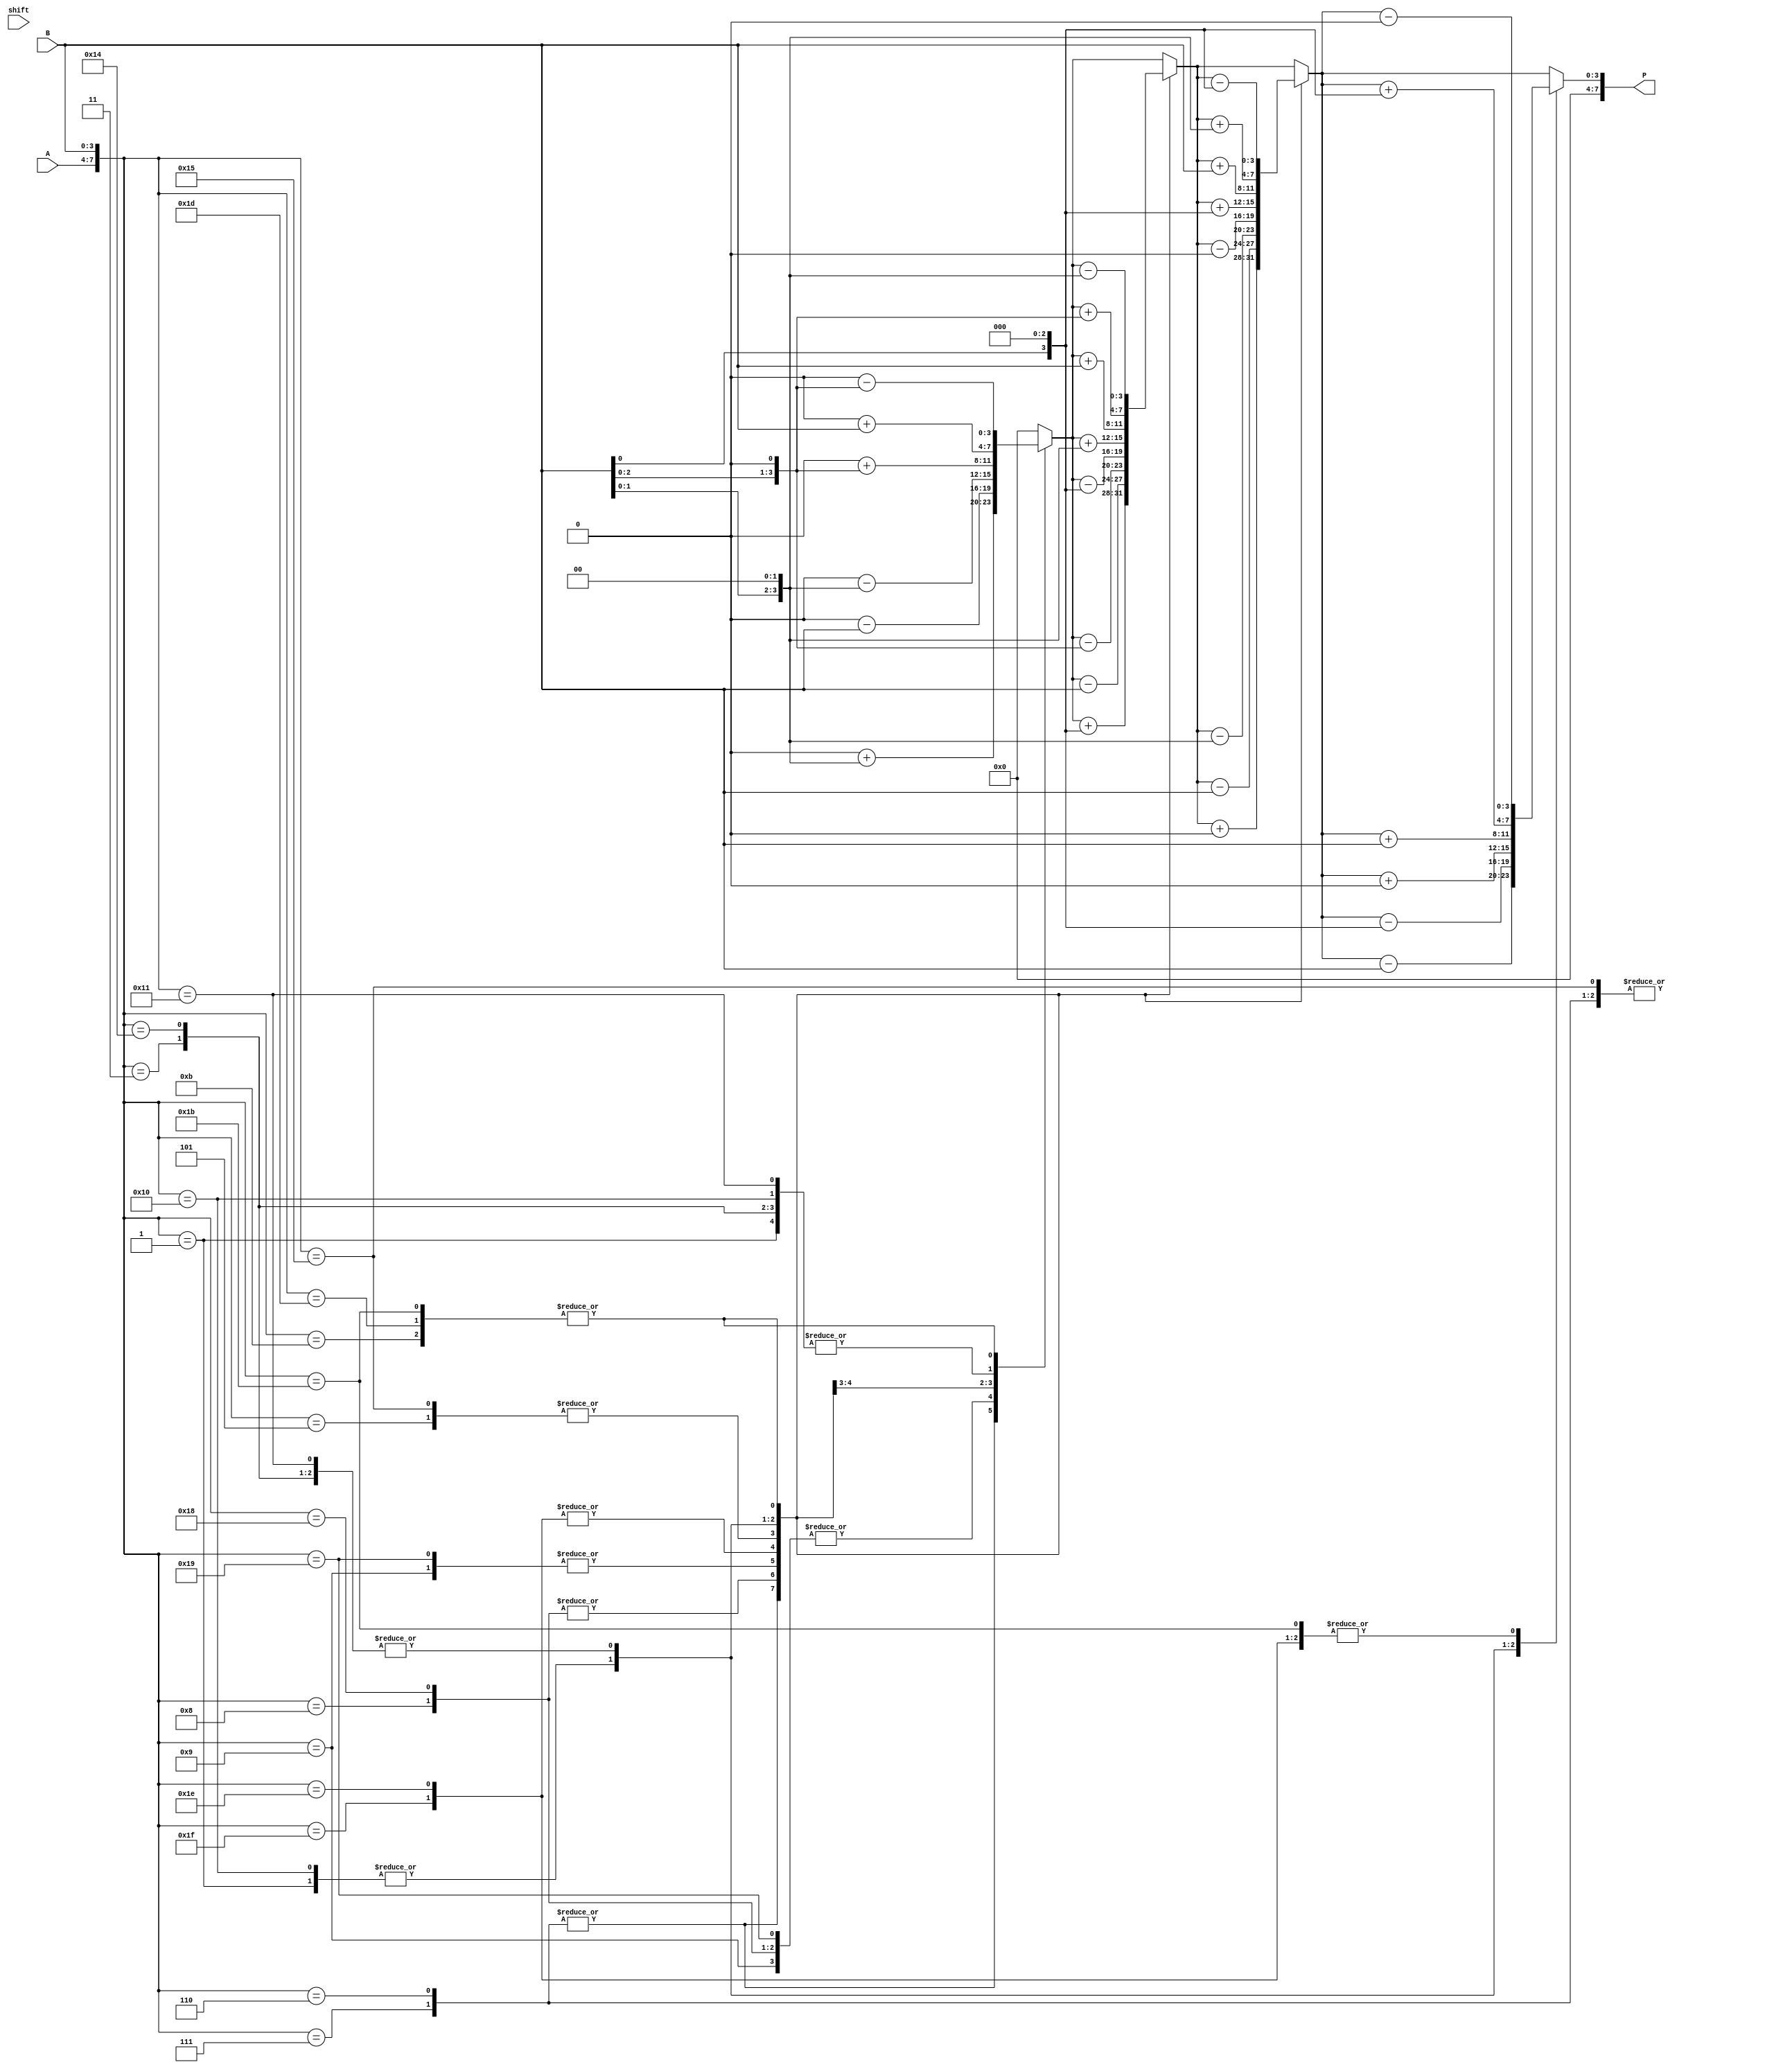
module booth_multiplier (
    input [3:0] A,
    input [3:0] B,
    input shift,
    output reg [7:0] P
);

reg [3:0] PP;
reg [3:0] encoded_B;
reg [2:0] shift_count;

always @ (A or B or shift) begin
    encoded_B[3] = B[3];
    encoded_B[2:0] = {B[3], B[3:0]};
    
    shift_count = 3'b0;
    PP = 4'b0;
    
    for (shift_count = 0; shift_count < 4; shift_count = shift_count + 1) begin
        case ({A, encoded_B})
            8'b00000: begin
                // do nothing
            end
            8'b00001: begin
                PP = PP + B;
            end
            8'b00011: begin
                PP = PP + (B << shift_count);
            end
            8'b00101: begin
                PP = PP + (B << (shift_count+1));
            end
            8'b00111: begin
                PP = PP + (B << (shift_count+2));
            end
            8'b00110: begin
                PP = PP + (B << (shift_count+2));
            end
            8'b01111: begin
                // do nothing in this case
            end
            8'b01011: begin
                PP = PP - (B << (shift_count+1));
            end
            8'b01001: begin
                PP = PP - (B << shift_count);
            end
            8'b01000: begin
                PP = PP - B;
            end
            8'b11000: begin
                PP = PP - B;
            end
            8'b11001: begin
                PP = PP - (B << shift_count);
            end
            8'b11101: begin
                PP = PP - (B << (shift_count+1));
            end
            8'b11111: begin
                PP = PP - (B << (shift_count+2));
            end
            8'b11110: begin
                PP = PP - (B << (shift_count+2));
            end
            8'b10111: begin
                // do nothing in this case
            end
            8'b10101: begin
                PP = PP + (B << (shift_count+1));
            end
            8'b10100: begin
                PP = PP + (B << shift_count);
            end
            8'b10000: begin
                PP = PP + B;
            end
            8'b10001: begin
                PP = PP + (B << shift_count);
            end
            8'b11011: begin
                PP = PP - (B << (shift_count+1));
            end
            8'b11110: begin
                PP = PP - (B << (shift_count+2));
            end
        endcase
    end
    
    P = PP;
end

endmodule